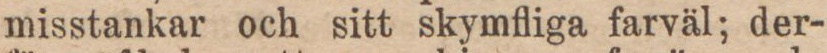
misstankar och sitt skymfliga farväl; der-